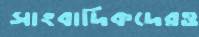
সাংবাদিকদেরও